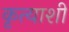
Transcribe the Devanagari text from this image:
कृत्याशी